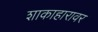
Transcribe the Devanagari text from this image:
शाकाहारावर